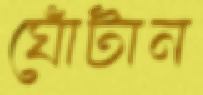
ঘোঁটান